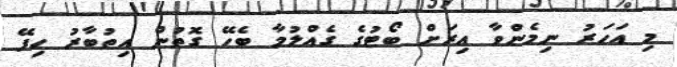
މި އަހަރު ނިމެންވާ އިރަށް ބޯޓުގެ ގެއްލުމާ ބެހޭ ގޮތުން އިތުބާރު ހިފޭ